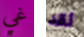
غي لقد